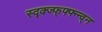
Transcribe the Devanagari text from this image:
स्द्क्ज्फ्फ्फ्न्न्व्न